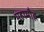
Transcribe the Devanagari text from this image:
महामौद्ग